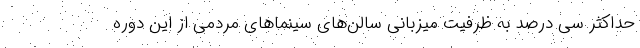
حداکثر سی درصد به ظرفیت میزبانی سالن‌های‌ سینماهای مردمی از این دوره